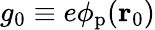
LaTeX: g_{0}\equiv e\phi_{\mathrm{p}}(\mathbf{r}_{0})